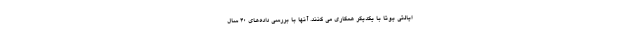
ایالتی یوتا با یکدیگر همکاری می کنند. آنها با بررسی داده‌های 40 سال